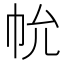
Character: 𢁲